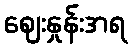
ဈေးနှုန်းအရ